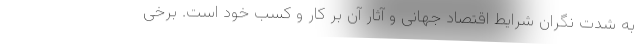
به شدت نگران شرایط اقتصاد جهانی و آثار آن بر کار و کسب خود است. برخی